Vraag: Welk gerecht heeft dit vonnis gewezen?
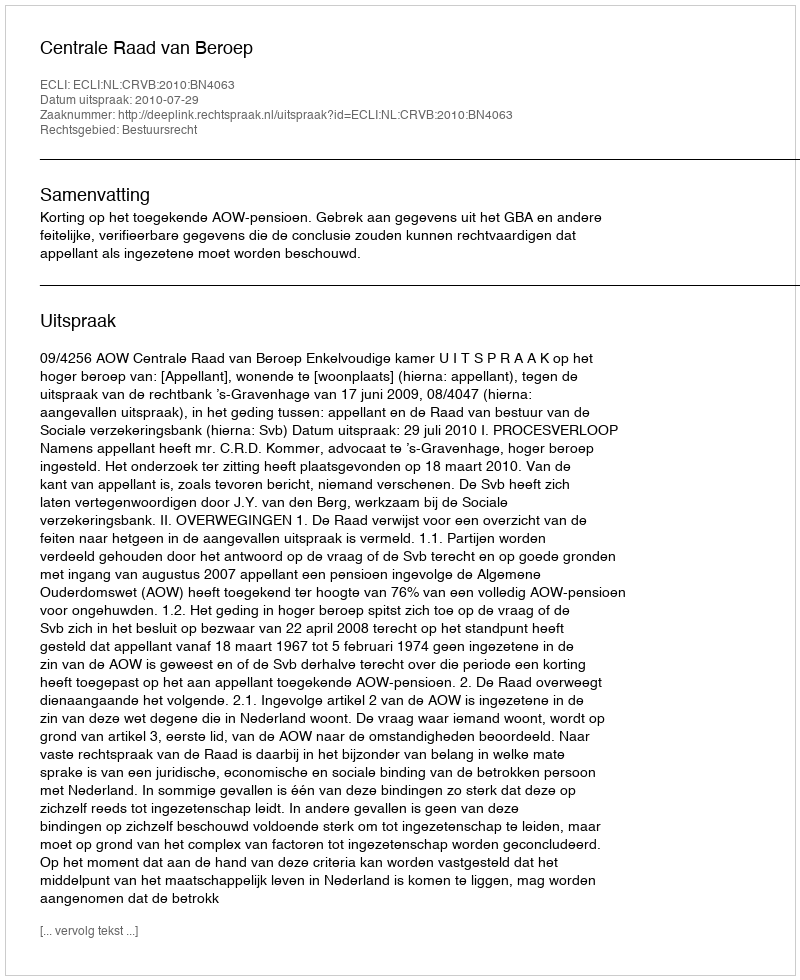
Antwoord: Centrale Raad van Beroep